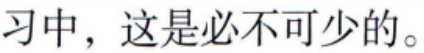
习中，这是必不可少的。